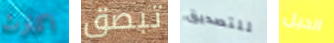
اكترث تبصق للتصديق الحيل